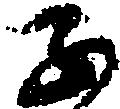
子